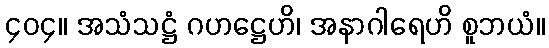
၄၀၄။ အသံသဋ္ဌံ ဂဟဋ္ဌေဟိ၊ အနာဂါရေဟိ စူဘယံ။